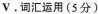
ν.词汇运用(5 分)